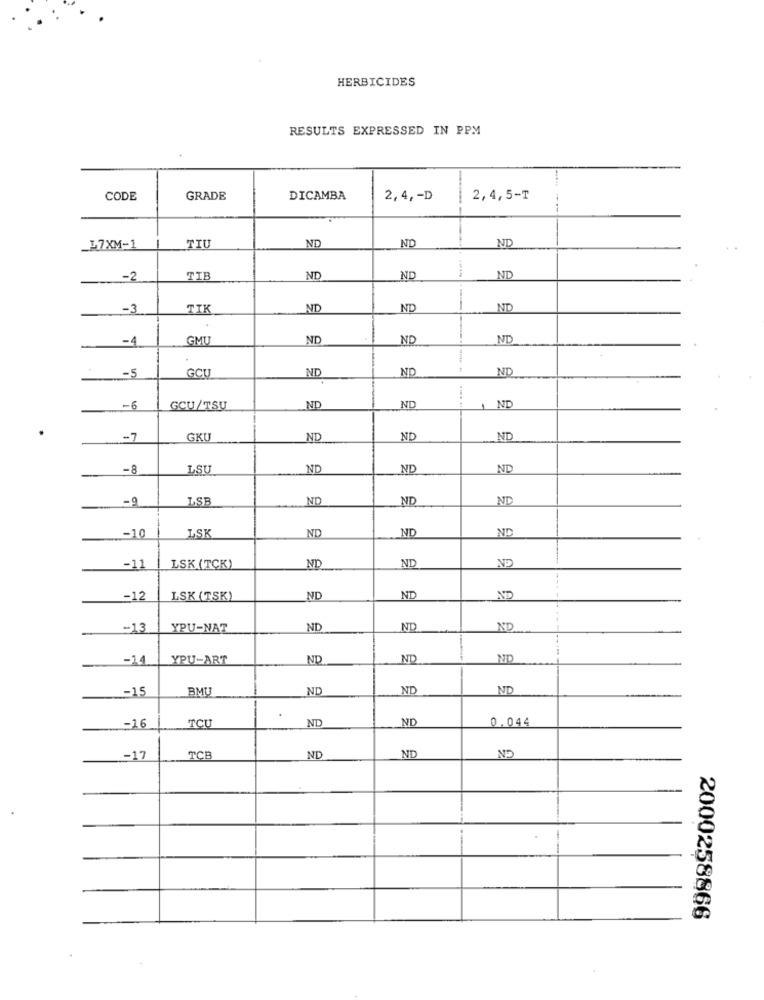
HERBICIDES
RESULTS EXPRESSED IN PPM
CODE
GRADE
DICAMBA
2,4 ,- D
2,4,5-T
ND
ND
ND
_17XM-1
TIU
-2
TIE
ND
ND
ND
-3
TIK
ND
ND
ND
-4
GMU
ND
ND
ND
-5
GCU
ND
ND
ND
-6
GCU/TSU
ND
ND
1 ND
-7
SKU
ND
ND
ND
-8
LSU
ND
ND
ND
-9
LSB
ND
ND
ND
ND
ND
ND
.- 10
LSK
ND
ND
-11
LSK (TCK)
ND
_- 12
LSK (TSK)
ND
ND
ND
-13
YPU-NAT
ND
ND
ND
-14
YPU-ART
ND
ND
NO
-15
BMU
ND
ND
ND
TCU
ND
ND
0.044
-16
ND
ND
-17
TCB
ND
2000258866